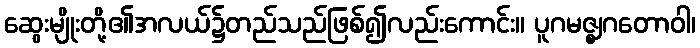
ဆွေးမျိုးတို့၏အလယ်၌တည်သည်ဖြစ်၍လည်းကောင်း။ ပူဂမဇ္ဈဂတောဝါ၊